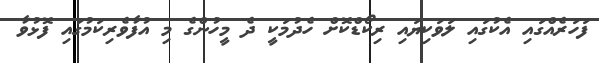
ފަހަރެއްގައި އެކުގައި ލަވަކިޔައި ރިކޯޑްކޮށް ހެދުމަކީ ދެ މީހުންގެ މި އުފާވެރިކަމުގައި ފޮޅުވާ